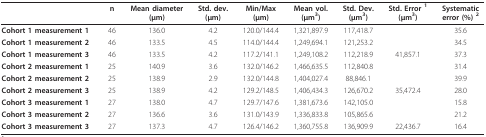
<table><thead><tr><td></td><td><b>n</b></td><td><b>Mean diameter(μm)</b></td><td><b>Std. dev.(μm)</b></td><td><b>Min/Max(μm)</b></td><td><b>Mean vol.(μm<sup>3</sup>)</b></td><td><b>Std. Dev.(μm<sup>3</sup>)</b></td><td><b>Std. Error <sup>1</sup>(μm<sup>3</sup>)</b></td><td><b>Systematicerror (%) <sup>2</sup></b></td></tr></thead><tbody><tr><td><b>Cohort 1 measurement 1</b></td><td>46</td><td>136.0</td><td>4.2</td><td>120.0/144.4</td><td>1,321,897.9</td><td>117,418.7</td><td></td><td>35.6</td></tr><tr><td><b>Cohort 1 measurement 2</b></td><td>46</td><td>133.5</td><td>4.5</td><td>114.0/144.4</td><td>1,249,694.1</td><td>121,253.2</td><td></td><td>34.5</td></tr><tr><td><b>Cohort 1 measurement 3</b></td><td>46</td><td>133.5</td><td>4.2</td><td>117.2/141.1</td><td>1,249,108.2</td><td>112,218.9</td><td>41,857.1</td><td>37.3</td></tr><tr><td><b>Cohort 2 measurement 1</b></td><td>25</td><td>140.9</td><td>3.6</td><td>132.0/146.2</td><td>1,466,635.5</td><td>112,840.8</td><td></td><td>31.4</td></tr><tr><td><b>Cohort 2 measurement 2</b></td><td>25</td><td>138.9</td><td>2.9</td><td>132.0/144.8</td><td>1,404,027.4</td><td>88,846.1</td><td></td><td>39.9</td></tr><tr><td><b>Cohort 2 measurement 3</b></td><td>25</td><td>138.9</td><td>4.2</td><td>129.2/148.5</td><td>1,406,434.3</td><td>126,670.2</td><td>35,472.4</td><td>28.0</td></tr><tr><td><b>Cohort 3 measurement 1</b></td><td>27</td><td>138.0</td><td>4.7</td><td>129.7/147.6</td><td>1,381,673.6</td><td>142,105.0</td><td></td><td>15.8</td></tr><tr><td><b>Cohort 3 measurement 2</b></td><td>27</td><td>136.6</td><td>3.6</td><td>131.0/143.9</td><td>1,336,833.8</td><td>105,865.6</td><td></td><td>21.2</td></tr><tr><td><b>Cohort 3 measurement 3</b></td><td>27</td><td>137.3</td><td>4.7</td><td>126.4/146.2</td><td>1,360,755.8</td><td>136,909.9</td><td>22,436.7</td><td>16.4</td></tr></tbody></table>